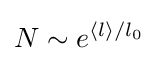
N\sim e^{\left\langle l\right\rangle /l_{0}}